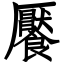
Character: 饜